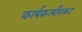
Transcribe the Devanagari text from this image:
कार्यकर्त्यांसकट